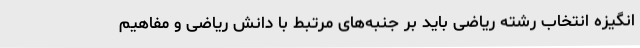
انگیزه انتخاب رشته ریاضی باید بر جنبه‌های مرتبط با دانش ریاضی و مفاهیم